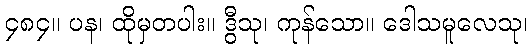
၄၈၄။ ပန၊ ထိုမှတပါး။ ဒွီသု၊ ကုန်သော။ ဒေါသမူလေသု၊